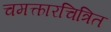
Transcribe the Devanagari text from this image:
चमत्कारचित्रित